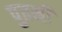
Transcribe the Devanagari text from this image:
पुतनी